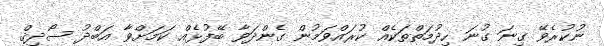
ނުކުރެވޭ ގިނަ ގުނަ ހިދުމަތްތަކެއް ކުރައްވަމުން ގެންދަވާ ބޭފުޅެއް ކަމަށްވާ އަބްދު ސޯދިޤް